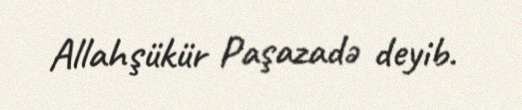
Allahşükür Paşazadə deyib.